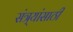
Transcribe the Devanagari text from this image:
संत्र्यांसाठी